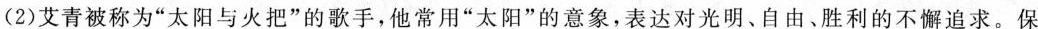
(2)艾青被称为”太阳与火把”的歌手，他常用”太阳”的意象，表达对光明、自由、胜利的不懈追求。保